Annual report of the Punjab Veterinary College and of the Civil Veterinary Department, Punjab - 1894-1908
Year: 1894
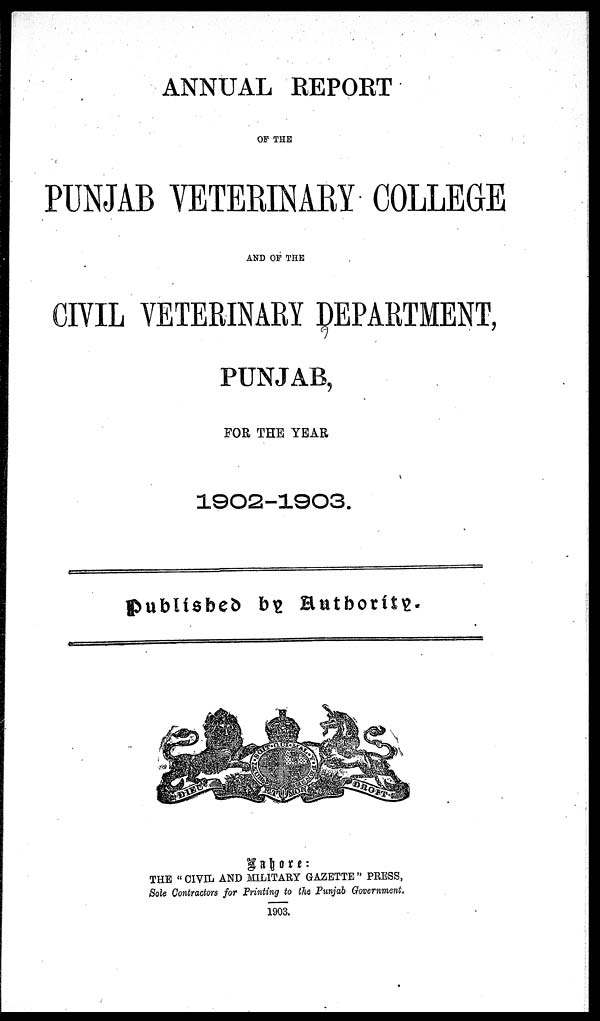
ANNUAL REPORT
OF THE
PUNJAB VETERINARY COLLEGE
AND OF THE
CIVIL VETERINARY DEPARTMENT,
PUNJAB,
FOR THE YEAR
1902-1903.
Published by Authority.
Lahore:
THE "CIVIL AND MILITARY GAZETTE" PRESS,
Sole Contractors for Printing to the Punjab Government.
1903.